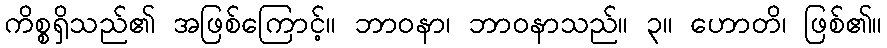
ကိစ္စရှိသည်၏ အဖြစ်ကြောင့်။ ဘာဝနာ၊ ဘာဝနာသည်။ ၃။ ဟောတိ၊ ဖြစ်၏။